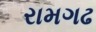
રામગઢ